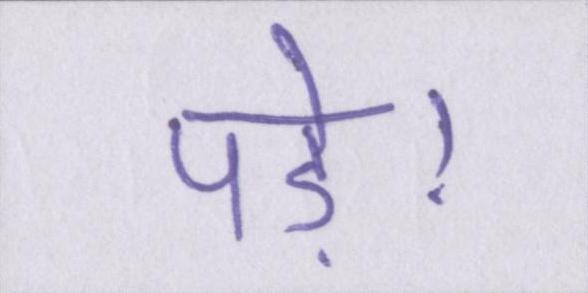
पड़े।